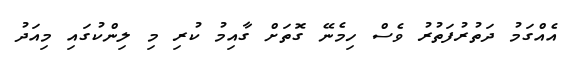
އެއްގަމު ދަތުރުފަތުރު ވެސް ހިމެނޭ ގޮތަށް ގާއިމު ކުރި މި ލިންކުގައި މިއަދު